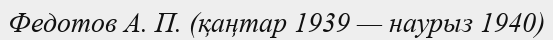
Федотов А. П. (қаңтар 1939 — наурыз 1940)